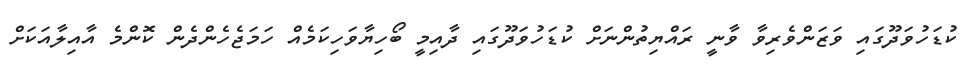
ކުޑަހުވަދޫގައި ވަޒަންވެރިވާ ވާނީ ރައްޔިތުންނަށް ކުޑަހުވަދޫގައި ދާއިމީ ބޯހިޔާވަހިކަމެއް ހަމަޖެހެންދެން ކޮންމެ އާއިލާއަކަށް